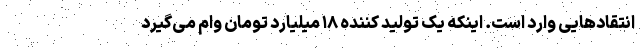
انتقادهایی وارد است. اینکه یک تولید کننده ۱۸ میلیارد تومان وام می‌گیرد